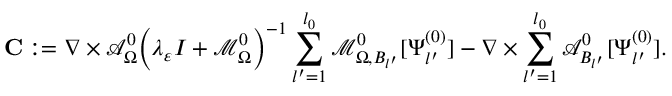
\mathbf { C } : = \nabla \times \mathcal { A } _ { \Omega } ^ { 0 } \Big ( \lambda _ { \varepsilon } I + \mathcal { M } _ { \Omega } ^ { 0 } \Big ) ^ { - 1 } \sum _ { l ^ { \prime } = 1 } ^ { l _ { 0 } } \mathcal { M } _ { \Omega , B _ { l ^ { \prime } } } ^ { 0 } [ \Psi _ { l ^ { \prime } } ^ { ( 0 ) } ] - \nabla \times \sum _ { l ^ { \prime } = 1 } ^ { l _ { 0 } } \mathcal { A } _ { B _ { l ^ { \prime } } } ^ { 0 } [ \Psi _ { l ^ { \prime } } ^ { ( 0 ) } ] .